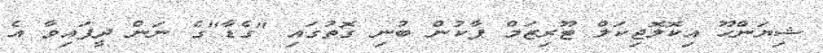
ޝިޔަންހޫ އިކޮލޮޖިކަލް ޓޫރިޒަމް ޕާކުން ބުނި ގޮތުގައި "ގެޑާ"ގެ ނަން ދީފައިވާ އެ